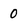
Character: 0